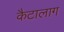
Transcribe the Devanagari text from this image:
कैटालाग